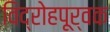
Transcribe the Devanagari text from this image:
विद्रोहपूर्वक